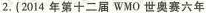
2.(2014年第十二届wMO世奥赛六年